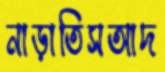
নাড়াতিসআদ